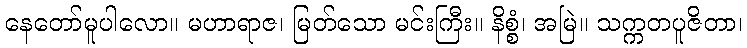
နေတော်မူပါလော။ မဟာရာဇ၊ မြတ်သော မင်းကြီး။ နိစ္စံ၊ အမြဲ။ သက္ကတပူဇိတာ၊